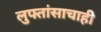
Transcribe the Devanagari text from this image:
लुफ्तांसाचाही